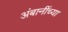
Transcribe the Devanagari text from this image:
अंबानींच्या